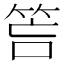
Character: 𥭚